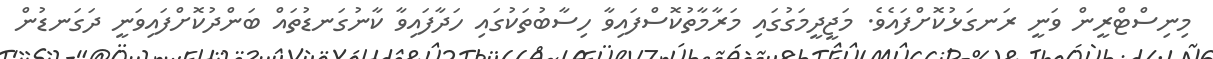
މިނިސްޓްރީން ވަނީ ރަނގަޅުކޮށްފައެވެ. މަޖީދީމަގުގައި މަރާމާތުކޮސްފައިވާ ހިސާބުތަކުގައި ހަދާފައިވާ ކާނުގަނޑުތައް ބަންދުކޮށްފައިވަނީ ދަގަނޑުން